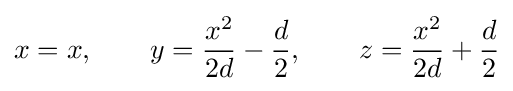
x=x,\qquad y={\frac {x^{2}}{2d}}-{\frac {d}{2}},\qquad z={\frac {x^{2}}{2d}}+{\frac {d}{2}}